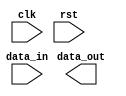
module ahb_controller(
  input wire clk,
  input wire rst,
  input wire [31:0] data_in,
  output wire [31:0] data_out
);

// Clock generation module
reg clk_out;
always @(posedge clk) begin
  clk_out <= ~clk_out;
end

// Reset synchronization module
reg rst_sync;
always @(posedge clk) begin
  if(rst) begin
    rst_sync <= 1'b1;
  end else begin
    rst_sync <= 1'b0;
  end
end

// Clock domain crossing synchronizer module
reg [31:0] data_sync;
always @(posedge clk) begin
  data_sync <= data_in;
end

// AHB bus controller functionality
// Include protocols for controlling bus interface, managing data transfers, etc.

endmodule